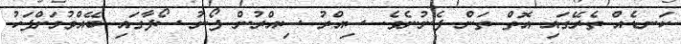
ކަނޑެއް ތެރޭގައި އޮތް ތަން ފެނުނެވެ. ސިއްރު ސިއްރުން ފޯނު ސޯފާގައި ބޭއްވުމަށްފަހު